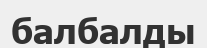
балбалды